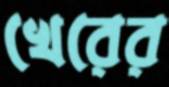
খেরের